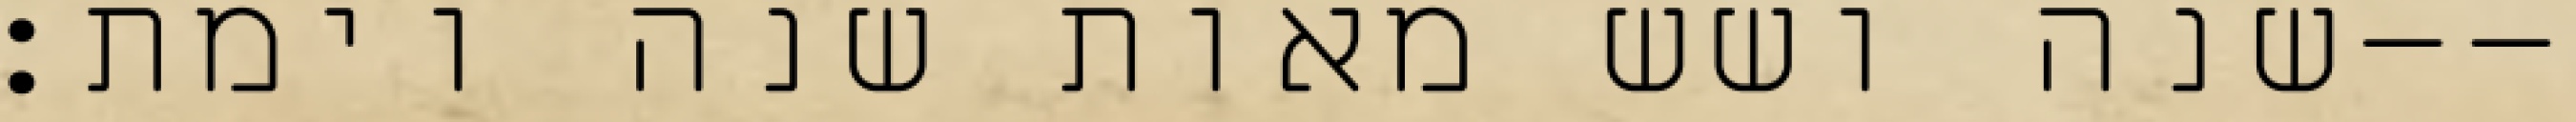
שנה ושש מאות שנה וימת׃--